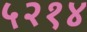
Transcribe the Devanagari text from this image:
५२१४